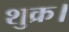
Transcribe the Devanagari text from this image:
शुक्र।